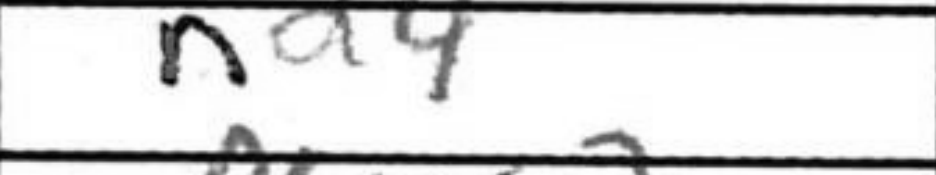
Transcription: Nd4